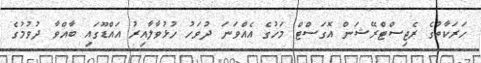
ހަރަކާތުގެ ރެޖިސްޓްރޭޝަން އޮގަސްޓް މަހުގެ އެއްވަނަ ދުވަހު ހުޅުވާލާއިރު އައްޑޫގައި ބާއްވާ ދުވުމުގެ